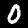
Digit: 0